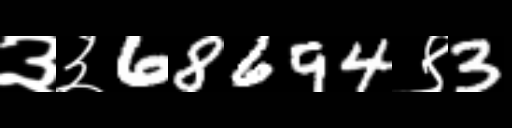
Text: ३३68694९3